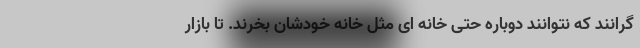
گرانند که نتوانند دوباره حتی خانه ای مثل خانه خودشان بخرند. تا بازار